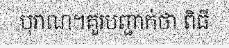
បុរាណ។គួរបញ្ជាក់ថា ពិធី